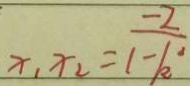
x _ { 1 } x _ { 2 } = \frac { - 2 } { 1 - k ^ { 2 } }